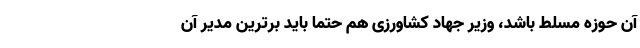
آن حوزه مسلط باشد، وزیر جهاد کشاورزی هم حتماً باید برترین مدیر آن